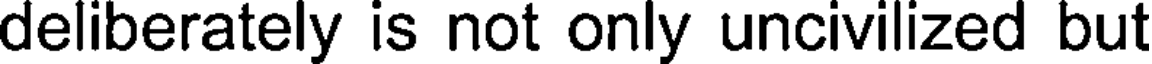
deliberately is not only uncivilized but